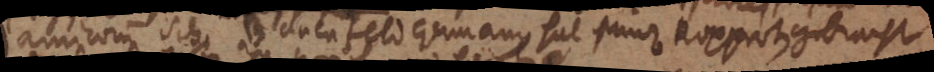
amicorum Sch. Blauenfeld Germanus hat Prinz Rupperten gebracht